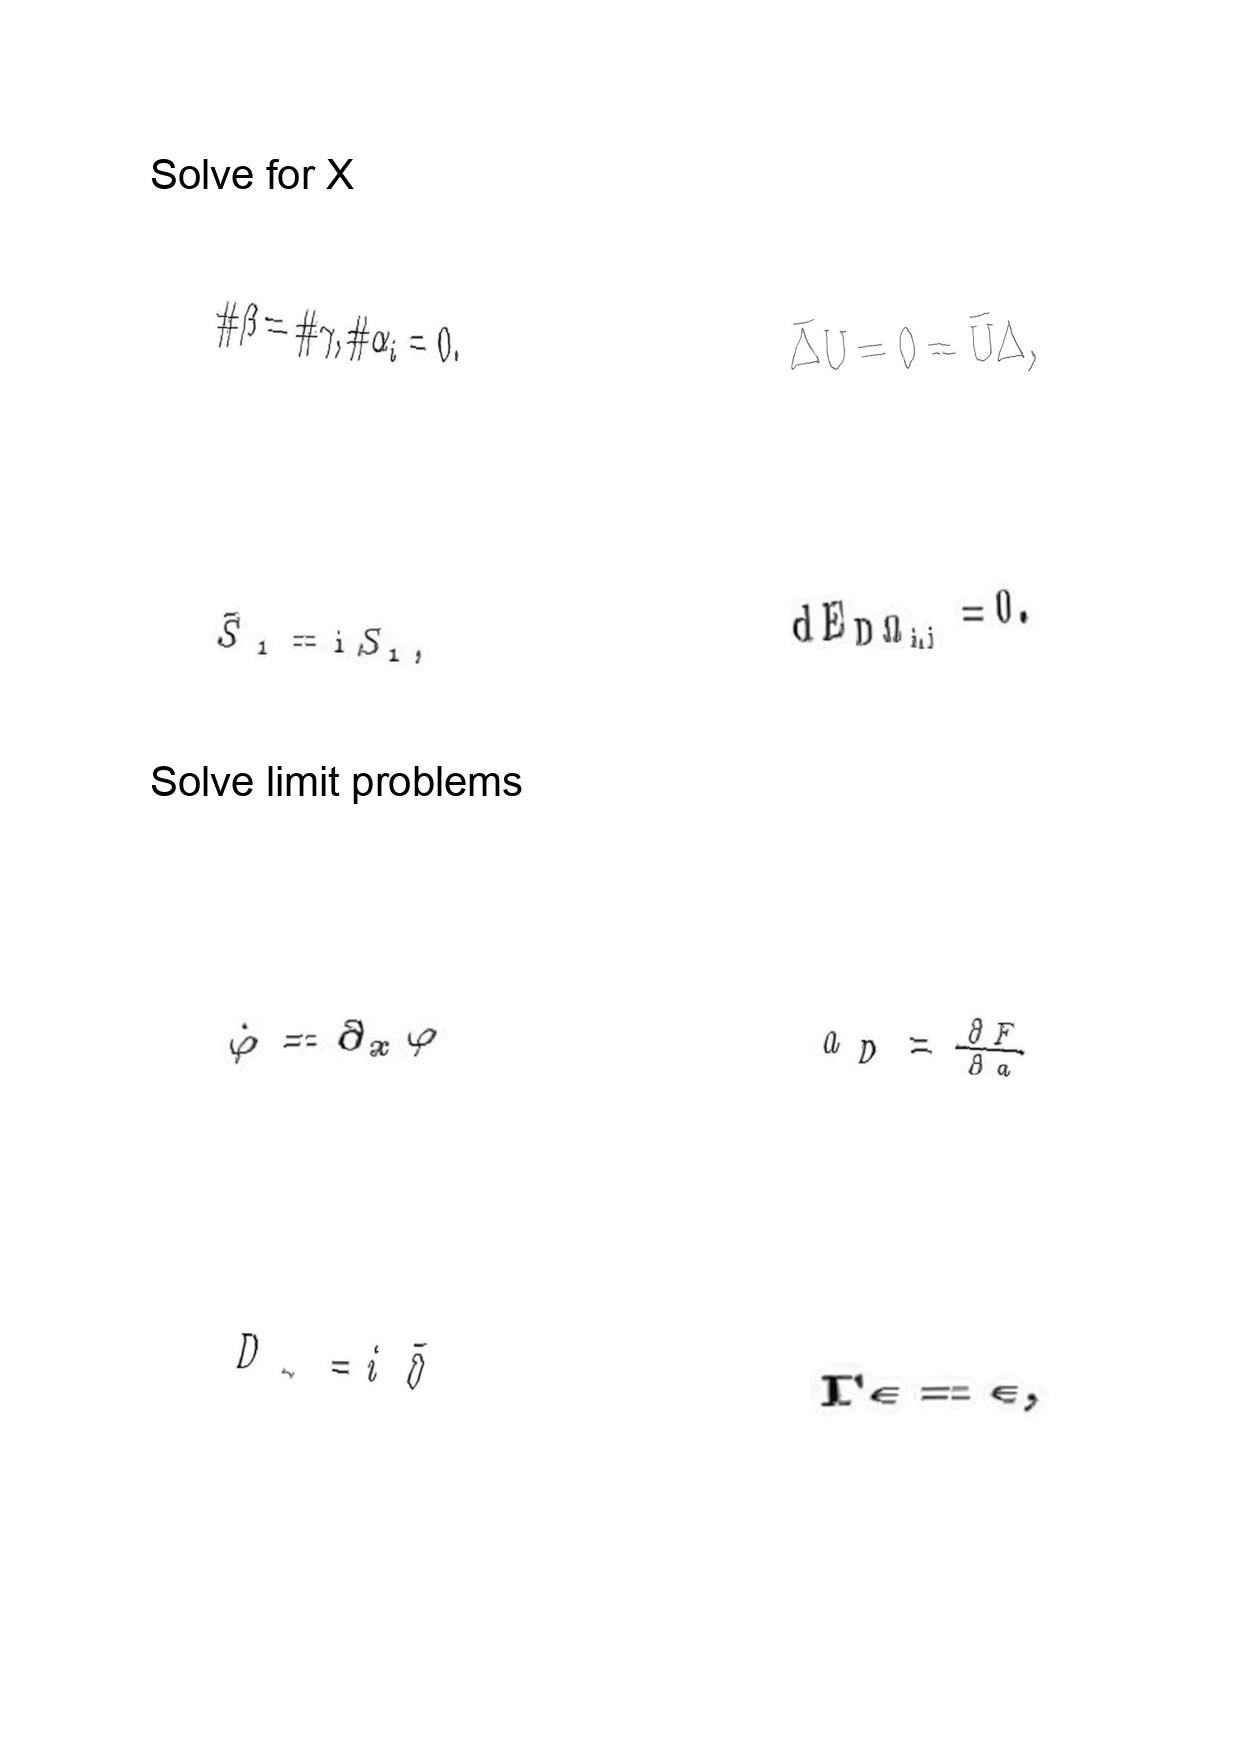
LaTeX transcription:
\# \beta = \# \gamma , \# \alpha _ { i } = 0 .
\tilde { S } _ { 1 } = \mathrm { i } S _ { 1 } ,
\dot { \varphi } = \partial _ { x } \varphi
D _ { - } = i \bar { \partial }
\bar { \Delta } U = 0 = \bar { U } \Delta ,
d E _ { D \Omega _ { i , j } } = 0 .
a _ { D } = \frac { \partial F } { \partial a }
\Gamma \epsilon = \epsilon ,